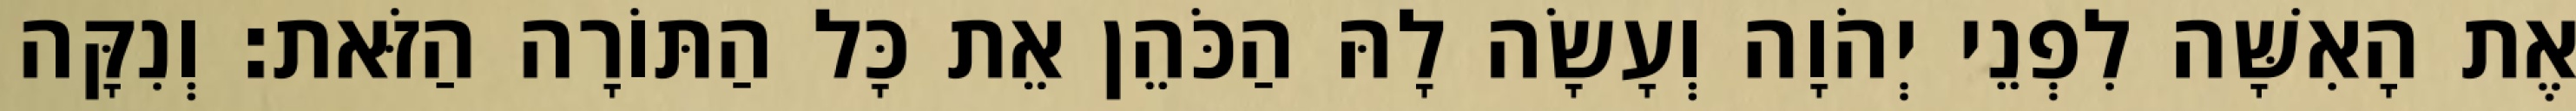
אֶת הָאִשָּׁה לִפְנֵי יְהֹוָה וְעָשָׂה לָהּ הַכֹּהֵן אֵת כָּל הַתּוֹרָה הַזֹּאת׃ וְנִקָּה